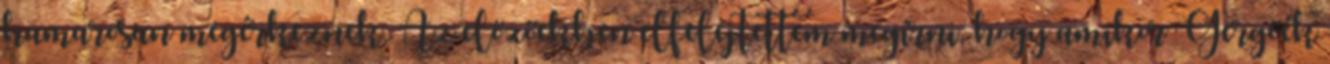
hamarosan megérkeznek. Az előzőekben elfelejtettem megírni, hogy amikor Gergőék